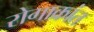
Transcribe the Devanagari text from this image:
रोगाक्रांत